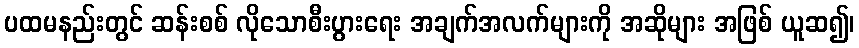
ပထမနည်းတွင် ဆန်းစစ် လိုသောစီးပွားရေး အချက်အလက်များကို အဆိုများ အဖြစ် ယူဆ၍၊